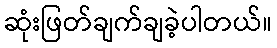
ဆုံးဖြတ်ချက်ချခဲ့ပါတယ်။